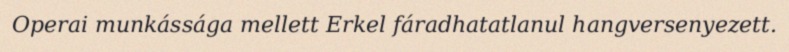
Operai munkássága mellett Erkel fáradhatatlanul hangversenyezett.